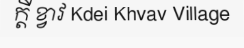
ក្តី ខ្វាវ Kdei Khvav Village